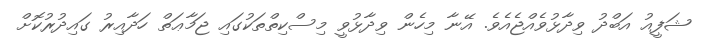
ޝަފީއު އަބްދު ވިދާޅުވެއްޖެއެވެ. އޭނާ މިހެން ވިދާޅުވީ މިސްކިތްތަކުގައި ޖަމާޢަތް ހަދާއިރު ގައިދުރުކޮށް